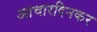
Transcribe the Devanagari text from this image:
आचारदिनकर